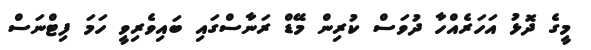
މީގެ ދޮޅު އަހަރެއްހާ ދުވަސް ކުރިން މޭޑް ރަނާސްގައި ބައިވެރިވީ ހަމަ ފިޓްނަސް